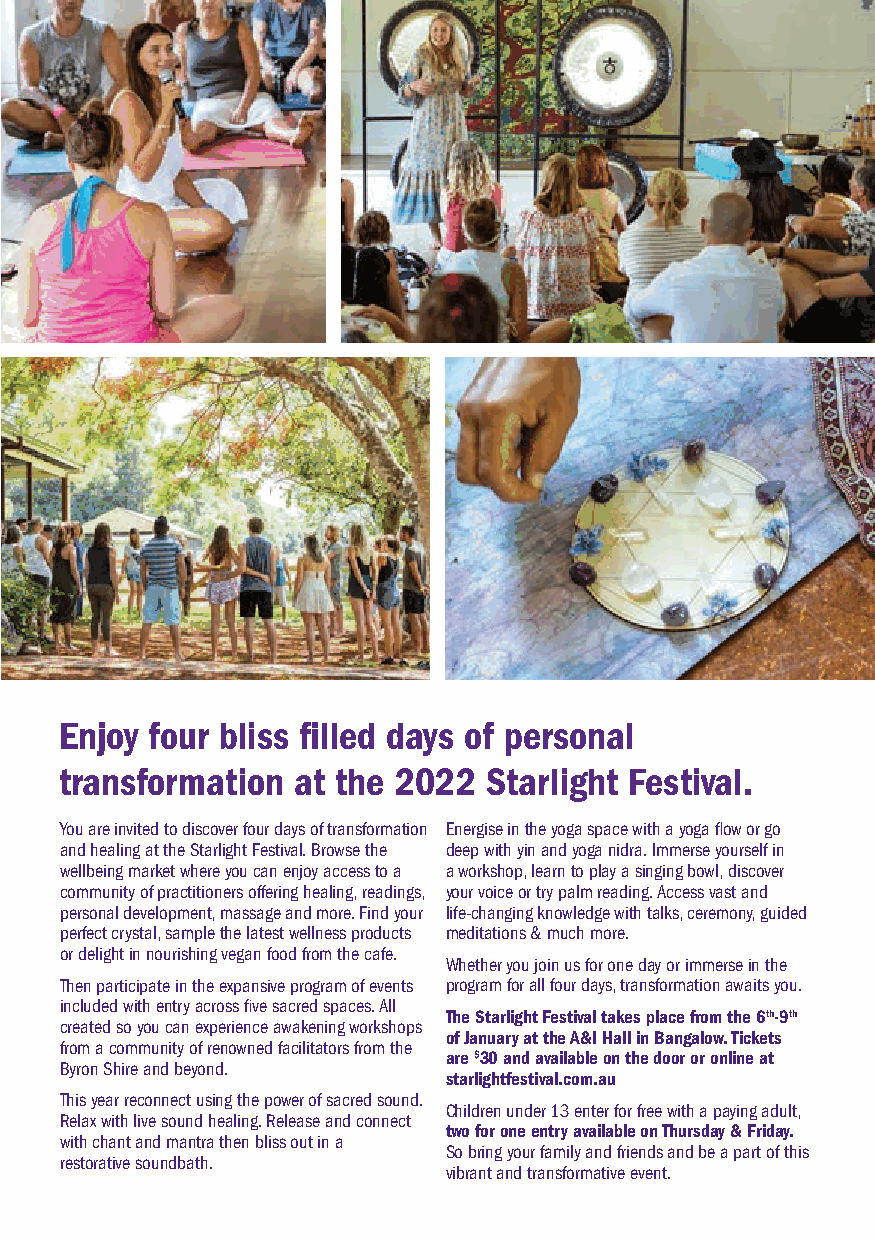
Enjoy four bliss filled days of personal
 transformation at the 2022  Starlight Festival.
 You are invited to discover four days of transformation Energise in the yoga space with a yoga flow or go
 and healing at the Starlight Festival. Browse the deep with yin and yoga nidra. Immerse yourself in
 wellbeing market where you can enjoy access to a a workshop, learn to play a singing bowl, discover
 community of practitioners offering healing, readings, your voice or try palm reading. Access vast and
 personal development, massage and more. Find your life-changing knowledge with talks, ceremony, guided
 perfect crystal, sample the latest wellness products meditations & much more.
 or delight in nourishing vegan food from the cafe.
 Whether you join us for one day or immerse in the
 Then participate in the expansive program of events program for all four days, transformation awaits you.
 included with entry across five sacred spaces. All
 The Starlight Festival takes place from the 6th-9th
 created so you can experience awakening workshops
 of January at the A&I Hall in Bangalow. Tickets
 from a community of renowned facilitators from the
 are $30 and available on the door or online at
 Byron Shire and beyond.
 starlightfestival.com.au
 This year reconnect using the power of sacred sound.
 Children under 13 enter for free with a paying adult,
 Relax with live sound healing. Release and connect
 two for one entry available on Thursday & Friday.
 with chant and mantra then bliss out in a
 So bring your family and friends and be a part of this
 restorative soundbath.
 vibrant and transformative event.